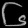
Digit: ၆